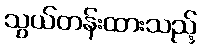
သွယ်တန်းထားသည့်